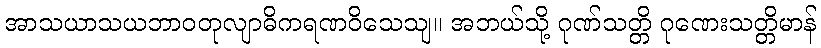
အာသယာသယဘာဝတုလျာဓိကရဏဝိသေသျ။ အဘယ်သို့ ဂုဏ်သတ္တိ ဂုဏေးသတ္တိမာန်